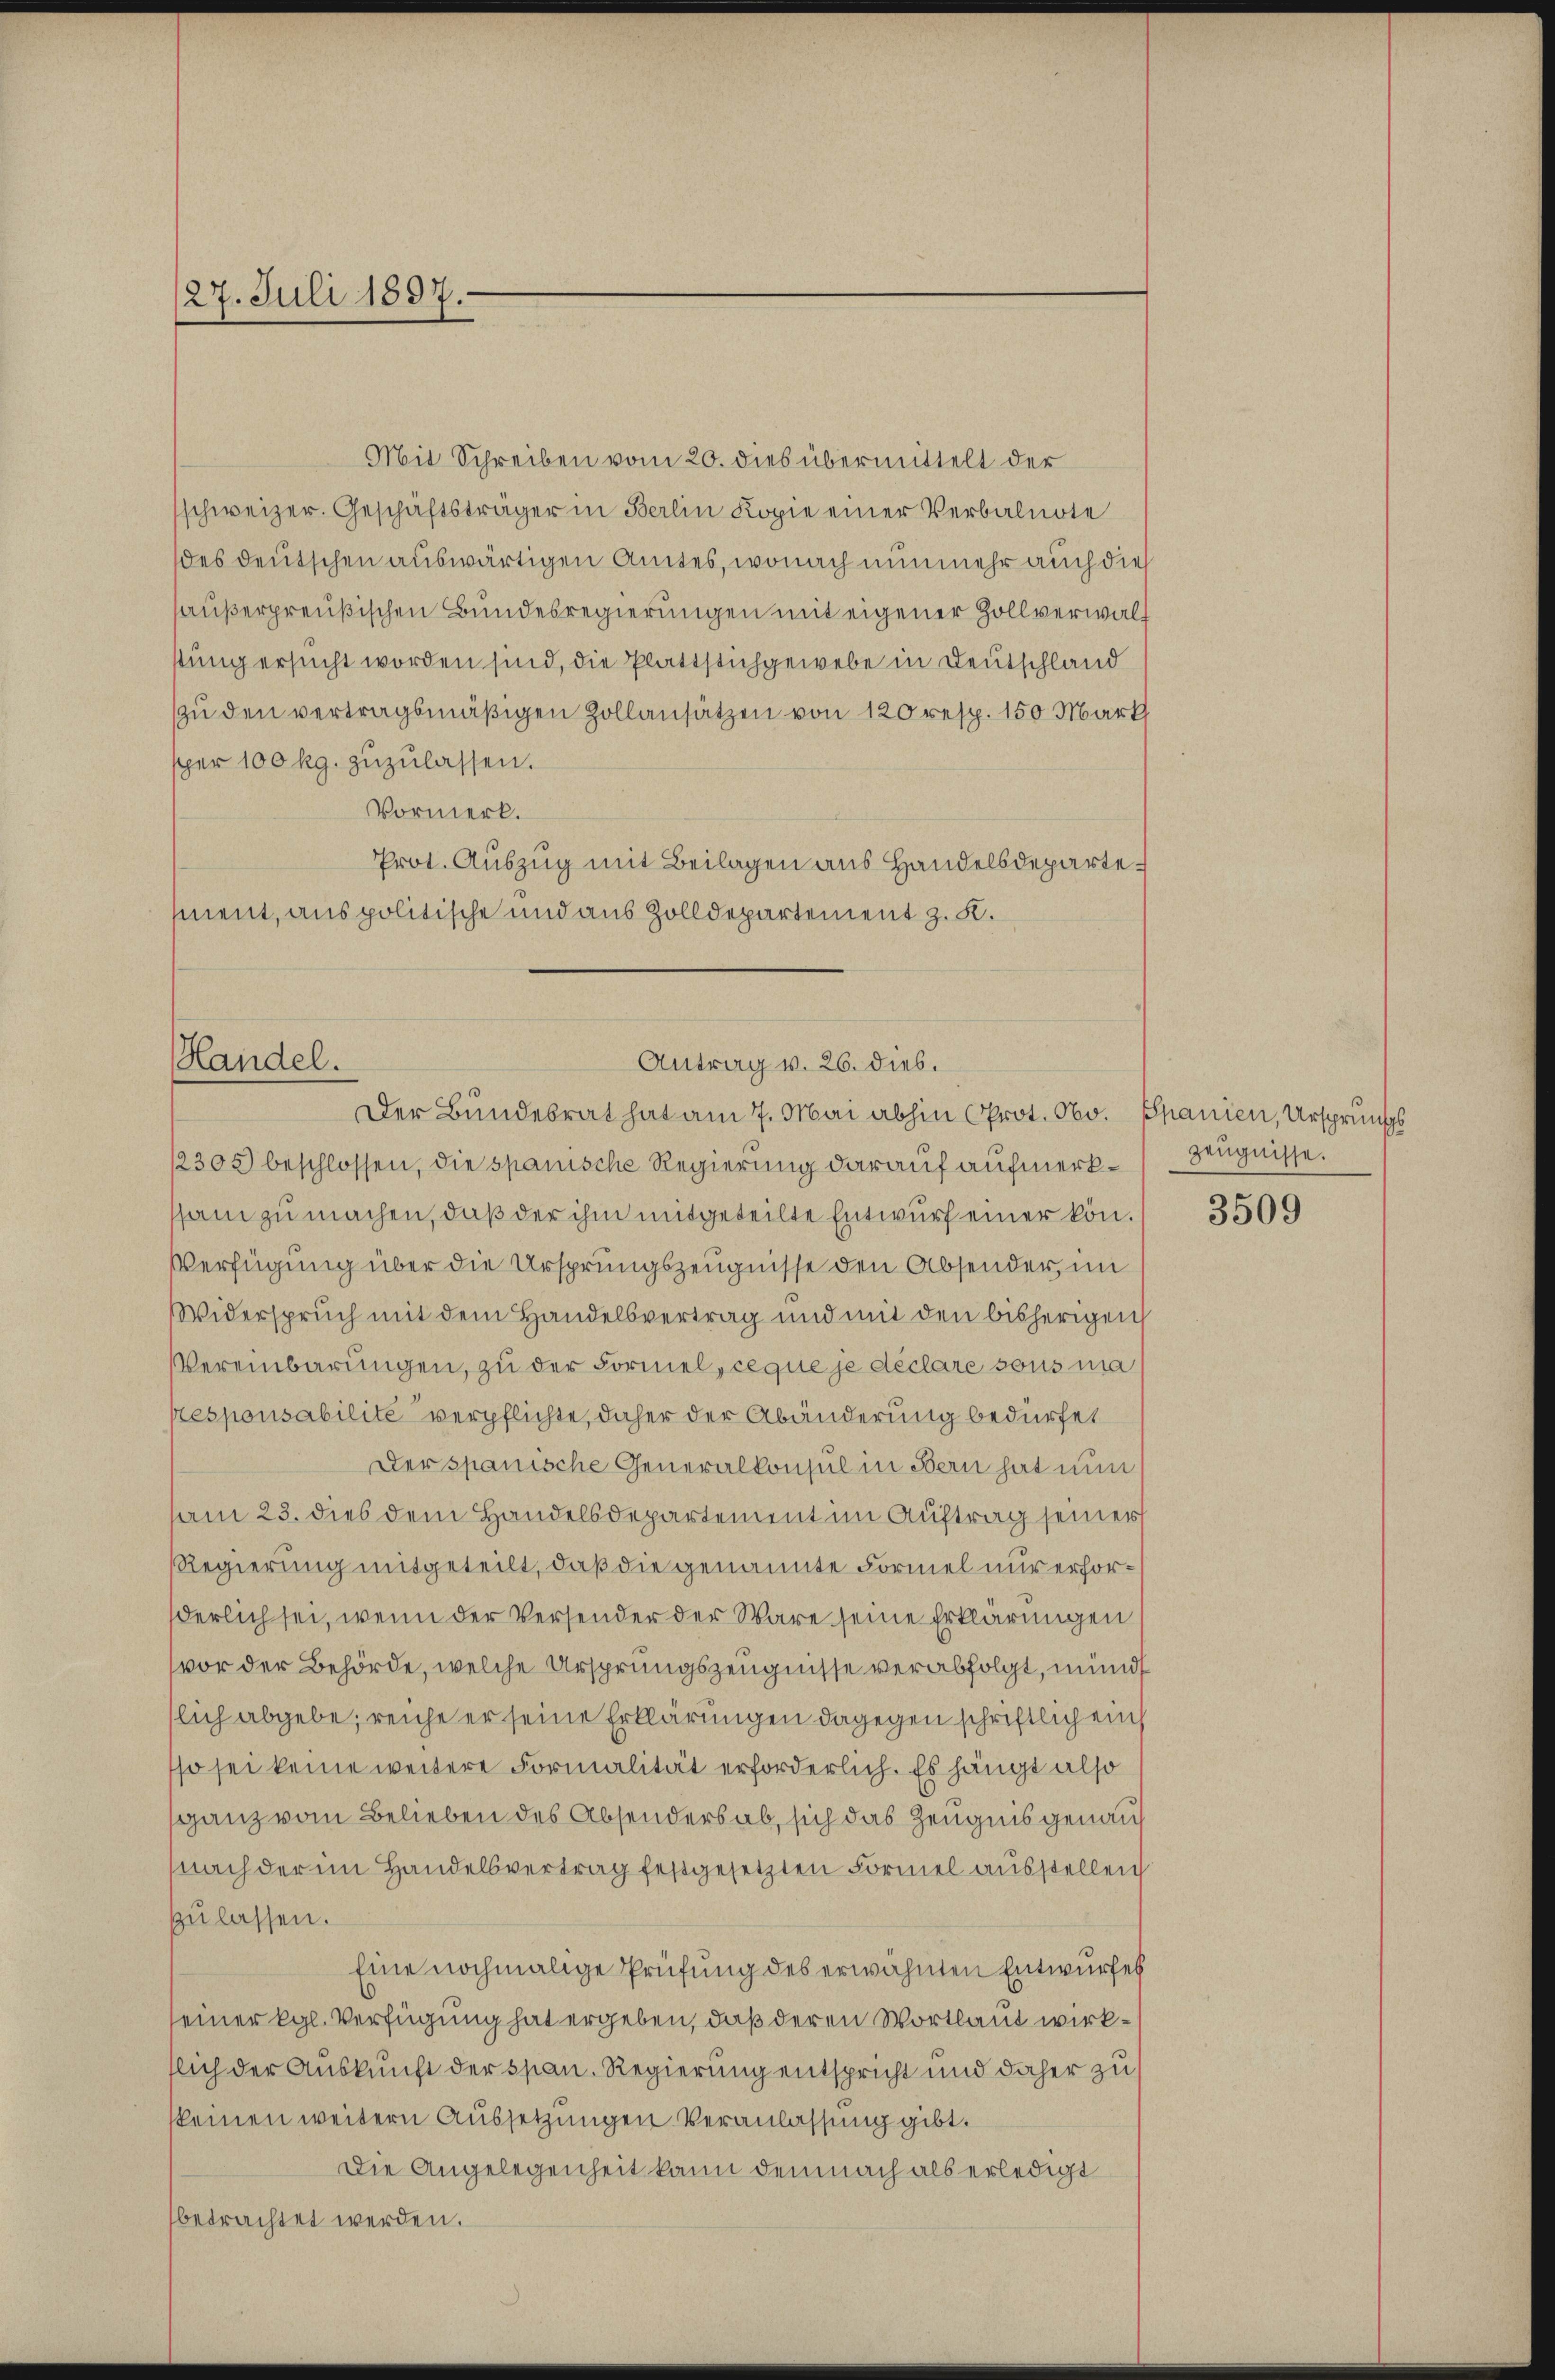
27. Juli 1897.

Mit Schreiben vom 20. dies übermittelt der
schweizer. Geschäftsträger in Berlin Kopie einer Verbalnote
des deutschen auswärtigen Amtes, wonach nunmehr auch die
haußerpreußischen Bundesregierungen mit eigener Zollverwalt
stung ersucht worden sind, die Plattstichgewebe in Deutschland
zu den vertragsmäßigen Zollansätzen von 120 resp. 150 Mart
sper 100 kg. zuzulassen.
Vormerk.
Prot. Auszug mit Beilagen aus Handelsdepartement, aus politische und aus Zolldepartement z. K.

Handel.
Antrag v. 26. dies.
Der Bundesrat hat am 7. Mai abhin (Prot. Nbv. Spanien, Ursprungs

12305 beschlossen, die spanische Regierung darauf aufmerkssam zu machen, daß der ihm mitgeteilte Entwurf einer kön¬
Verfügung über die Ursprungszeugnisse den Absender, im
Widerspruch mit dem Handelsvertrag und mit den bisherigen
Vereinbarungen, zu der Formel, ceque je déclare sous ma
kesponsabilité verpflichte, daher der Abänderung bedürfet
Der spanische Generalkonsul in Bern hat nun
am 23. dies dem Handelsdepartement im Auftrag seiner
Regierung mitgeteilt, daß die genannte Formel nur erforderlich sei, wenn der Versender der Wäre seine Erklärungen
vor der Behörde, welche Ursprungszeugnisse verabfolgt, münd
lich abgebe; reiche er seine Erklärungen dagegen schriftlich ein
sso sei keine weitere Formalität erforderlich. Es hängt also
ganz vom Belieben des Absenders ab, sich das Zeugnis genau
nach der im Handelsvertrag festgesetzten Formel ausstellen
zulassen.
Eine nochmalige Prüfung des erwähnten Entwurfes
seiner Kgl. Verfügung hat ergeben, daß deren Wortlaut wirkflich der Auskunft der span. Regierung entspricht und daher zu
skeinen weitern Aussetzungen Veranlassung gibt.
Die Angelegenheit kann demnach als erledigt
betrachtet werden.

Zeugnisse.

3509